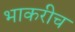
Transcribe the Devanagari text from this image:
भाकरीच